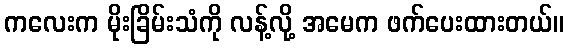
ကလေးက မိုးခြိမ်းသံကို လန့်လို့ အမေက ဖက်ပေးထားတယ်။